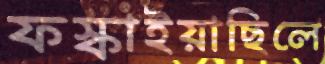
ফস্‌কাইয়াছিলে